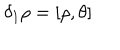
LaTeX: \delta _ { 1 } \rho = [ \rho , \theta ]